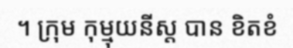
។ ក្រុម កុម្មុយនីស្ត បាន ខិតខំ